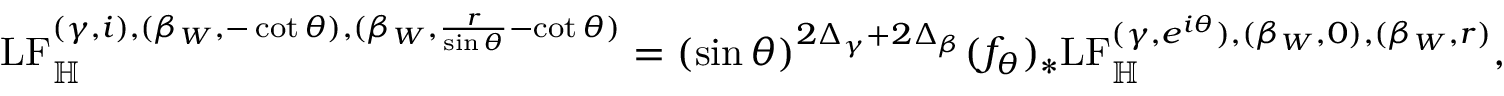
\mathrm { L F } _ { \mathbb H } ^ { ( \gamma , i ) , ( \beta _ { W } , - \cot \theta ) , ( \beta _ { W } , \frac { r } { \sin \theta } - \cot \theta ) } = ( \sin \theta ) ^ { 2 \Delta _ { \gamma } + 2 \Delta _ { \beta } } ( f _ { \theta } ) _ { * } \mathrm { L F } _ { \mathbb H } ^ { ( \gamma , e ^ { i \theta } ) , ( \beta _ { W } , 0 ) , ( \beta _ { W } , r ) } ,